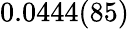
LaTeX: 0.0444(85)